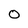
Character: 0